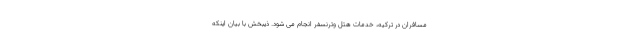
مسافران در ترکیه، خدمات هتل وترنسفر انجام می شود. ذیبخش با بیان اینکه